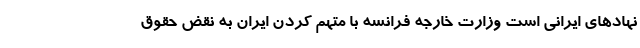
نهادهای ایرانی است وزارت خارجه فرانسه با متهم کردن ایران به نقض حقوق